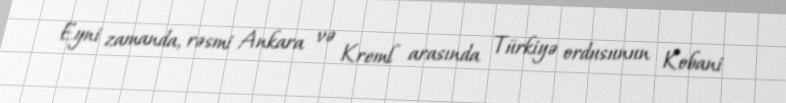
Eyni zamanda, rəsmi Ankara və Kreml arasında Türkiyə ordusunun Kobani